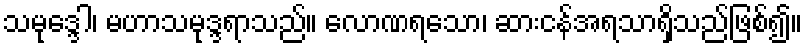
သမုဒ္ဒေါ၊ မဟာသမုဒ္ဒရာသည်။ လောဏရသော၊ ဆားငန်အရသာရှိသည်ဖြစ်၍။